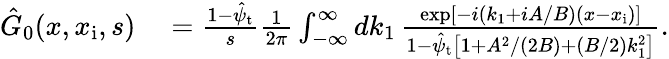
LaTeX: \begin{array}{rl}{\hat{G}_{0}(x,x_{\mathrm{i}},s)}&{{}=\frac{1-\hat{\psi}_{\mathrm{t}}}{s}\frac{1}{2\pi}\int_{-\infty}^{\infty}dk_{1}\, \frac{\exp[-i(k_{1}+iA/B)(x-x_{\mathrm{i}})]}{1-\hat{\psi}_{\mathrm{t}}\left[1+A^{2}/(2B)+(B/2)k_{1}^{2}\right]}.}\end{array}